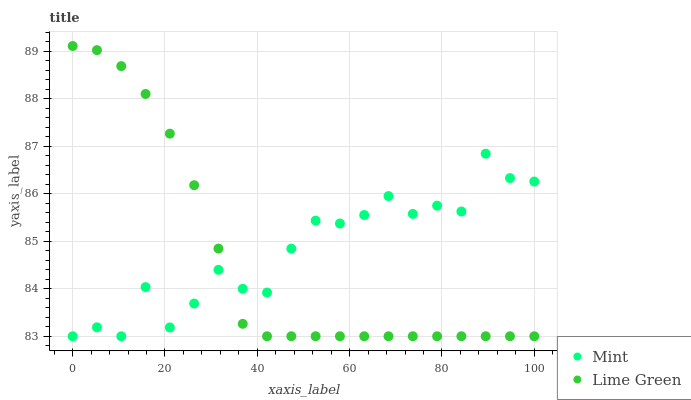
| xaxis_label | Mint | Lime Green |
 | --- | --- | --- |
 | 0 | 83 | 89.1 |
 | 5.26 | 83.2 | 89 |
 | 10.5 | 83 | 88.7 |
 | 15.8 | 84 | 88.1 |
 | 21.1 | 83.2 | 87.3 |
 | 26.3 | 83.7 | 86.2 |
 | 31.6 | 84.4 | 84.8 |
 | 36.8 | 84 | 83.3 |
 | 42.1 | 83.9 | 83 |
 | 47.4 | 84.8 | 83 |
 | 52.6 | 85.4 | 83 |
 | 57.9 | 85.4 | 83 |
 | 63.2 | 85.6 | 83 |
 | 68.4 | 86 | 83 |
 | 73.7 | 85.6 | 83 |
 | 78.9 | 85.7 | 83 |
 | 84.2 | 85.6 | 83 |
 | 89.5 | 86.8 | 83 |
 | 94.7 | 86.3 | 83 |
 | 100 | 86.3 | 83 |